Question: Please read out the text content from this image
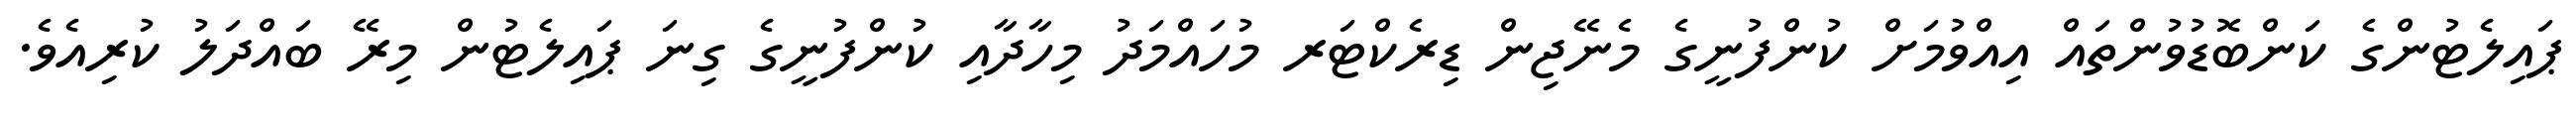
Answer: ޕައިލެޓުންގެ ކަންބޮޑުވުންތައް އިއްވުމަށް ކުންފުނީގެ މެނޭޖިން ޑިރެކްޓަރ މުހައްމަދު މިހާދާއި ކުންފުނީގެ ގިނަ ޕައިލެޓުން މިރޭ ބައްދަލު ކުރިއެވެ.